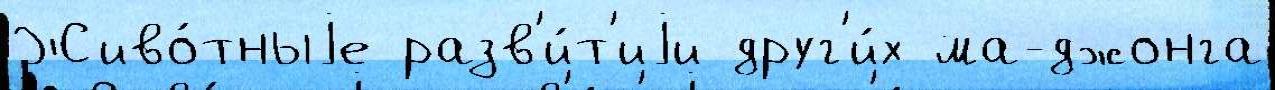
Живо́тныjе разв'и́т'иjи друг'и́х ма-джонга